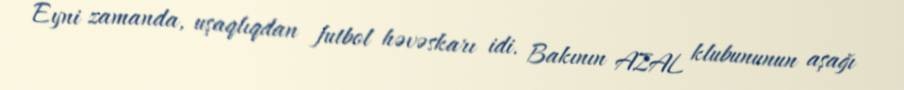
Eyni zamanda, uşaqlıqdan futbol həvəskarı idi. Bakının AZAL klubununun aşağı